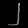
Digit: ၂